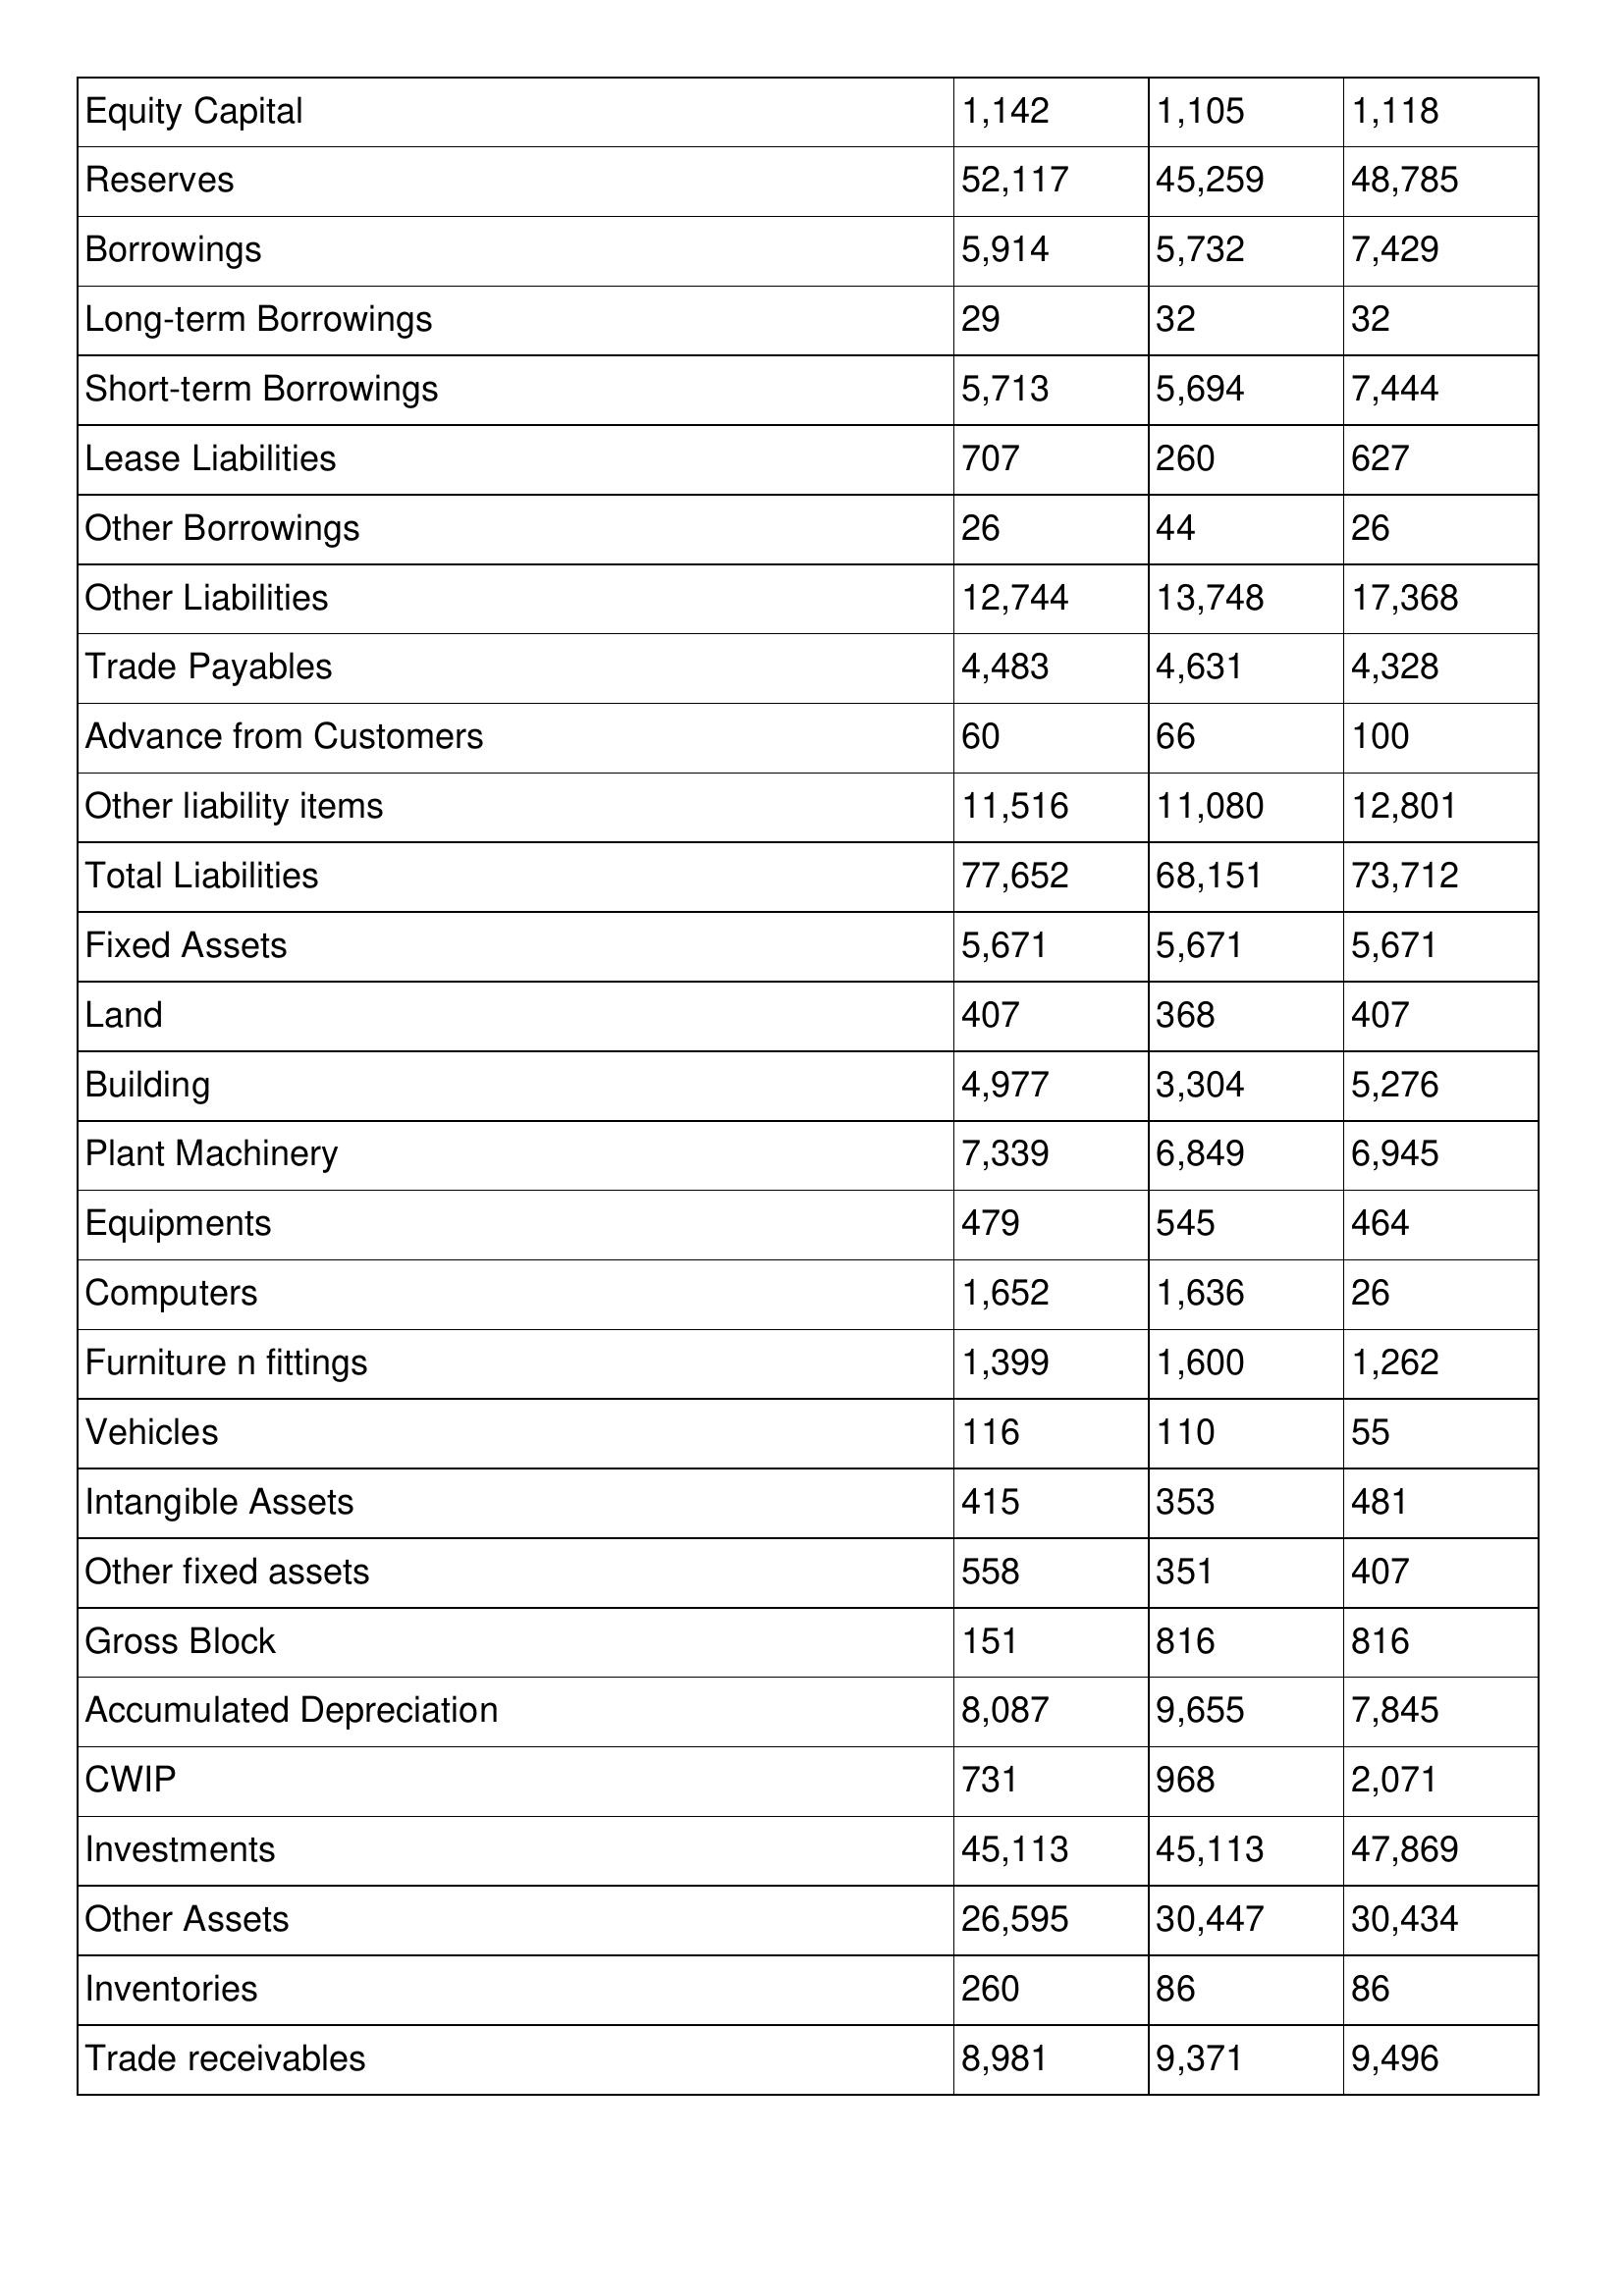
gt_parse: 2019: Balance Sheet: Equity Capital: 1,142
Reserves: 52,117
Borrowings: 5,914
Long-term Borrowings: 29
Short-term Borrowings: 5,713
Lease Liabilities: 707
Other Borrowings: 26
Other Liabilities: 12,744
Trade Payables: 4,483
Advance from Customers: 60
Other liability items: 11,516
Total Liabilities: 77,652
Fixed Assets: 5,671
Land: 407
Building: 4,977
Plant Machinery: 7,339
Equipments: 479
Computers: 1,652
Furniture n fittings: 1,399
Vehicles: 116
Intangible Assets: 415
Other fixed assets: 558
Gross Block: 151
Accumulated Depreciation: 8,087
CWIP: 731
Investments: 45,113
Other Assets: 26,595
Inventories: 260
Trade receivables: 8,981
2018: Balance Sheet: Equity Capital: 1,105
Reserves: 45,259
Borrowings: 5,732
Long-term Borrowings: 32
Short-term Borrowings: 5,694
Lease Liabilities: 260
Other Borrowings: 44
Other Liabilities: 13,748
Trade Payables: 4,631
Advance from Customers: 66
Other liability items: 11,080
Total Liabilities: 68,151
Fixed Assets: 5,671
Land: 368
Building: 3,304
Plant Machinery: 6,849
Equipments: 545
Computers: 1,636
Furniture n fittings: 1,600
Vehicles: 110
Intangible Assets: 353
Other fixed assets: 351
Gross Block: 816
Accumulated Depreciation: 9,655
CWIP: 968
Investments: 45,113
Other Assets: 30,447
Inventories: 86
Trade receivables: 9,371
2017: Balance Sheet: Equity Capital: 1,118
Reserves: 48,785
Borrowings: 7,429
Long-term Borrowings: 32
Short-term Borrowings: 7,444
Lease Liabilities: 627
Other Borrowings: 26
Other Liabilities: 17,368
Trade Payables: 4,328
Advance from Customers: 100
Other liability items: 12,801
Total Liabilities: 73,712
Fixed Assets: 5,671
Land: 407
Building: 5,276
Plant Machinery: 6,945
Equipments: 464
Computers: 26
Furniture n fittings: 1,262
Vehicles: 55
Intangible Assets: 481
Other fixed assets: 407
Gross Block: 816
Accumulated Depreciation: 7,845
CWIP: 2,071
Investments: 47,869
Other Assets: 30,434
Inventories: 86
Trade receivables: 9,496